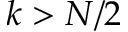
k > N / 2